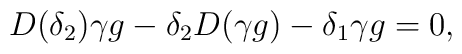
D(\delta_2) \gamma g - \delta_2 D(\gamma g) - \delta_1 \gamma g = 0,